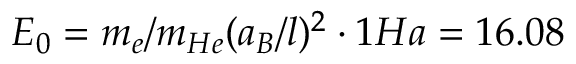
E _ { 0 } = m _ { e } / m _ { H e } ( a _ { B } / l ) ^ { 2 } \cdot 1 H a = 1 6 . 0 8